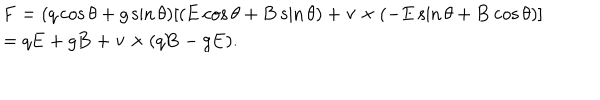
LaTeX: \begin{array} { l } { { \mathbf { F } = ( q \cos \theta + g \sin \theta ) [ ( \mathbf { E } \cos \theta + \mathbf { B } \sin \theta ) + \mathbf { v } \times ( - \mathbf { E } \sin \theta + \mathbf { B } \cos \theta ) ] } } \\ { { = q \mathbf { E } + g \mathbf { B } + \mathbf { v } \times ( q \mathbf { B } - g \mathbf { E } ) . } } \\ \end{array}